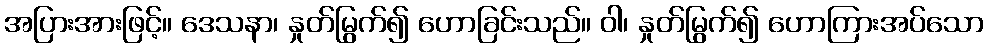
အပြားအားဖြင့်။ ဒေသနာ၊ နှုတ်မြွက်၍ ဟောခြင်းသည်။ ဝါ၊ နှုတ်မြွက်၍ ဟောကြားအပ်သော